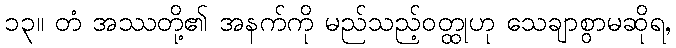
၁၃။ တံ အဿတို့၏ အနက်ကို မည်သည့်ဝတ္ထုဟု သေချာစွာမဆိုရ,